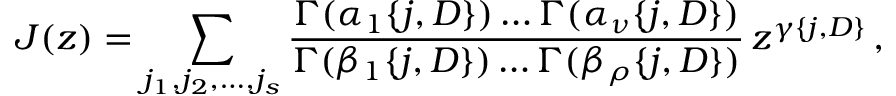
J ( z ) = \sum _ { j _ { 1 } , j _ { 2 } , \dots , j _ { s } } \frac { \Gamma ( \alpha _ { 1 } \{ j , D \} ) \dots \Gamma ( \alpha _ { \nu } \{ j , D \} ) } { \Gamma ( \beta _ { 1 } \{ j , D \} ) \dots \Gamma ( \beta _ { \rho } \{ j , D \} ) } \, z ^ { \gamma \{ j , D \} } \, ,